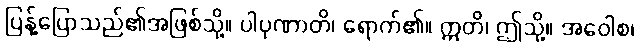
ပြန့်ပြောသည်၏အဖြစ်သို့။ ပါပုဏာတိ၊ ရောက်၏။ ဣတိ၊ ဤသို့။ အဝေါစ၊